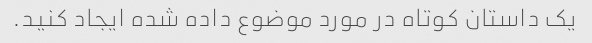
یک داستان کوتاه در مورد موضوع داده شده ایجاد کنید.